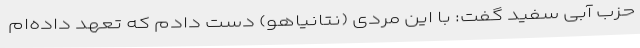
حزب آبی سفید گفت: با این مردی (نتانیاهو) دست دادم که تعهد داده‌ام